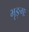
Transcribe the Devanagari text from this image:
भृङ्गः